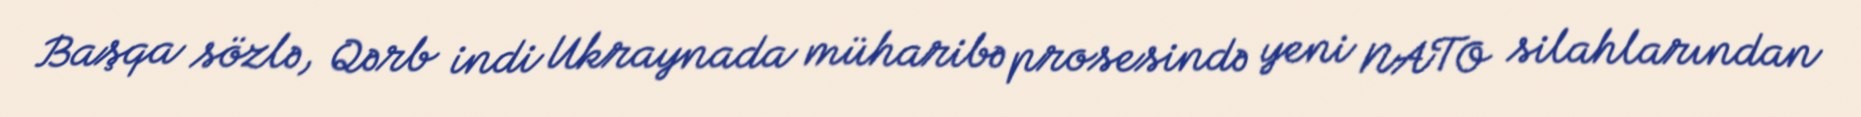
Başqa sözlə, Qərb indi Ukraynada müharibə prosesində yeni NATO silahlarından